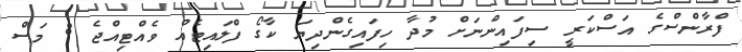
ފްރާންސްގެ އަސްކަރީ ސިފައިންނަށް މުދާ ހިފައިގެންދިޔަ ކާގޯ ފްލައިޓެއް ވެއްޓިއްޖެ 8 މަސް